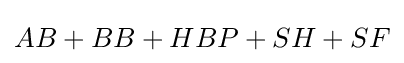
AB+BB+HBP+SH+SF